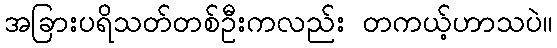
အခြားပရိသတ်တစ်ဦးကလည်း တကယ့်ဟာသပဲ။